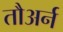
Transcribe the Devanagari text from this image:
तौअर्न